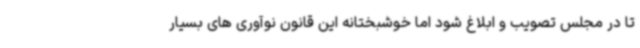
تا در مجلس تصویب و ابلاغ شود اما خوشبختانه این قانون نوآوری های بسیار